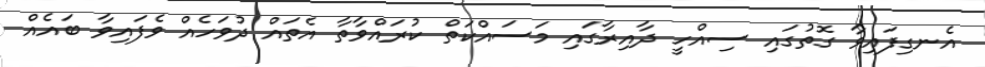
އެނގިފައިވާ ގޮތުގައި ސިއްހީ ދާއިރާގައި މަސައްކަތް ކުރައްވާތާ އެތައް ދުވަހެއް ވެފައިވާ ބައެއް